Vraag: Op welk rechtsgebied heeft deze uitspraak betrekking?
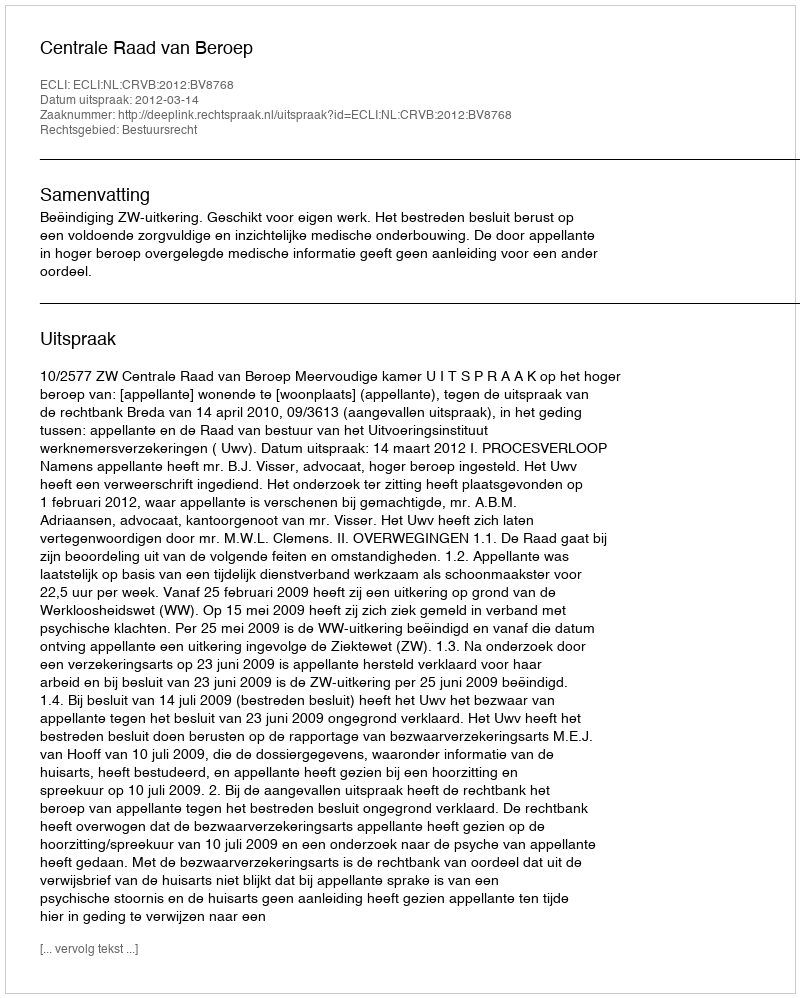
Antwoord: Bestuursrecht